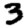
Digit: 3